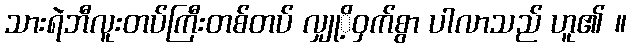
သားရဲဘီလူးတပ်ကြီးတစ်တပ် လျှုိ့ဝှက်စွာ ပါလာသည် ဟူ၏ ။